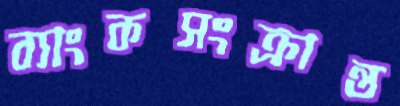
ব্যাংকসংক্রান্ত